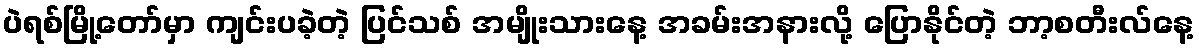
ပဲရစ်မြို့တော်မှာ ကျင်းပခဲ့တဲ့ ပြင်သစ် အမျိုးသားနေ့ အခမ်းအနားလို့ ပြောနိုင်တဲ့ ဘာ့စတီးလ်နေ့